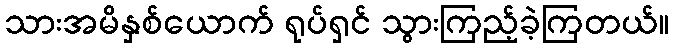
သားအမိနှစ်ယောက် ရုပ်ရှင် သွားကြည့်ခဲ့ကြတယ်။